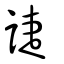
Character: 誱